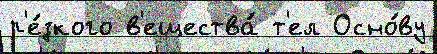
р'е́зкого в'ещества́ т'ел Осно́ву